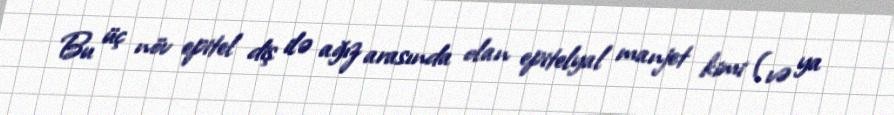
Bu üç növ epitel diş ilə ağız arasında olan epitelyal manjet kimi (və ya